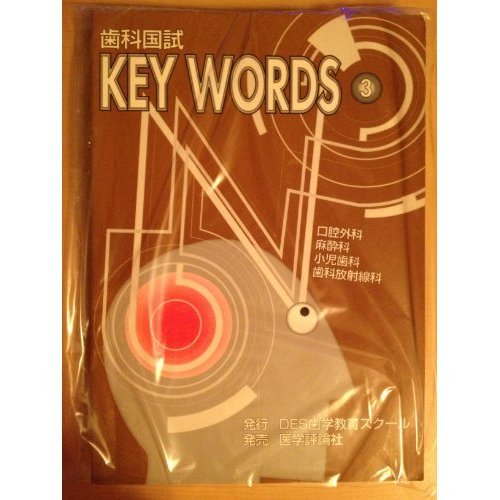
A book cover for Dental country test KEY WORDS <3> oral surgery, anesthesiology, pediatric dentistry and dental radiology (1996) ISBN: 4872112873 [Japanese Import]; Medical Books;